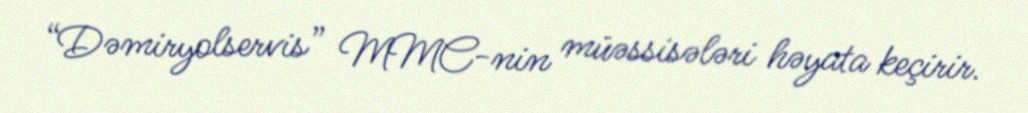
“Dəmiryolservis” MMC-nin müəssisələri həyata keçirir.